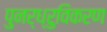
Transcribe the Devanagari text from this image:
पुनर्ध्रुविकरण